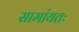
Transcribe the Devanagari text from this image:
सामांयतः